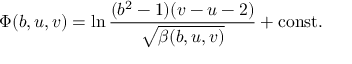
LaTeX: \Phi ( b , u , v ) = \ln \frac { ( b ^ { 2 } - 1 ) ( v - u - 2 ) } { \sqrt { \beta ( b , u , v ) } } + \mathrm { c o n s t . }